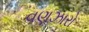
વણઝારો